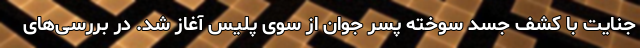
جنایت با کشف جسد سوخته پسر جوان از سوی پلیس آغاز شد. در بررسی‌های